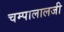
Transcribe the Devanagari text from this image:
चम्पालालजी